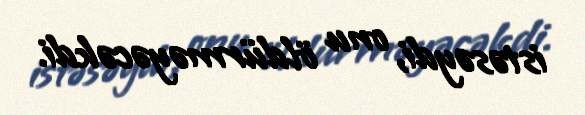
istəsəydi, onu öldürməyəcəkdi.